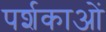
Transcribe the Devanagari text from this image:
पर्शकाओं